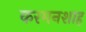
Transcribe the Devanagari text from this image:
करमनशाह